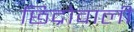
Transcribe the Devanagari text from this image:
छिद्रोवाली